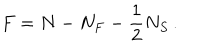
LaTeX: F = N - N _ { F } - \frac { 1 } { 2 } N _ { S } \, .